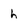
Character: h